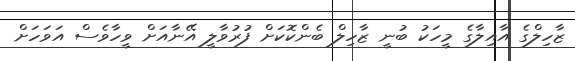
ޒާހިލްގެ އާއިލާގެ މީހަކު ބުނީ ޒާހިލް ބެންކޮކަށް ފުރުވާލީ އޭނާއަށް ވީހާވެސް އަވަހަށް